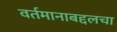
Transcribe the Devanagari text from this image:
वर्तमानाबद्दलचा